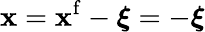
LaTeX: {\mathbf x}={\mathbf x}^{\mathrm{f}}-\boldsymbol\xi=-\boldsymbol\xi